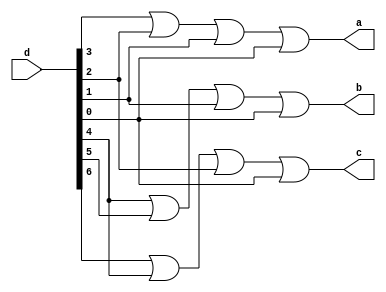
module encoder(d, a, b, c);

input [0:7]d;
output a,b,c;

or or1(a,d[4],d[5],d[6],d[7]);
or or2(b,d[3],d[2],d[6],d[7]);
or or3(c,d[1],d[3],d[5],d[7]);

endmodule

module tb_encoder;

reg [0:7]d;
wire a,b,c;
encoder e1( d,a,b,c);

initial
 begin

#10 d=8'b10000000;
#10 d=8'b01000000;
#10 d=8'b00100000;
#10 d=8'b00010000;
#10 d=8'b00001000;
#10 d=8'b00000100;
#10 d=8'b00000010;
#10 d=8'b00000001;
#10$stop;

end
endmodule